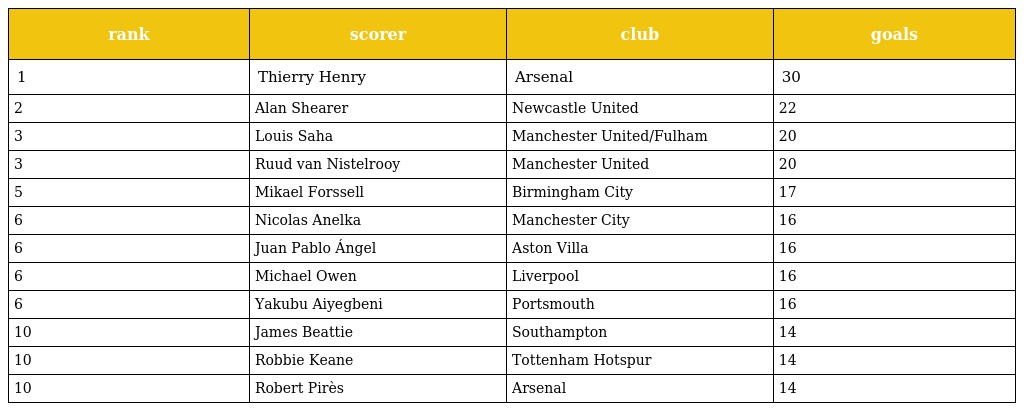
| rank | scorer | club | goals |
 | --- | --- | --- | --- |
 | 1 | Thierry Henry | Arsenal | 30 |
 | 2 | Alan Shearer | Newcastle United | 22 |
 | 3 | Louis Saha | Manchester United/Fulham | 20 |
 | 3 | Ruud van Nistelrooy | Manchester United | 20 |
 | 5 | Mikael Forssell | Birmingham City | 17 |
 | 6 | Nicolas Anelka | Manchester City | 16 |
 | 6 | Juan Pablo Ángel | Aston Villa | 16 |
 | 6 | Michael Owen | Liverpool | 16 |
 | 6 | Yakubu Aiyegbeni | Portsmouth | 16 |
 | 10 | James Beattie | Southampton | 14 |
 | 10 | Robbie Keane | Tottenham Hotspur | 14 |
 | 10 | Robert Pirès | Arsenal | 14 |